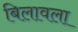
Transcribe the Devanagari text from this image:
बिलावला